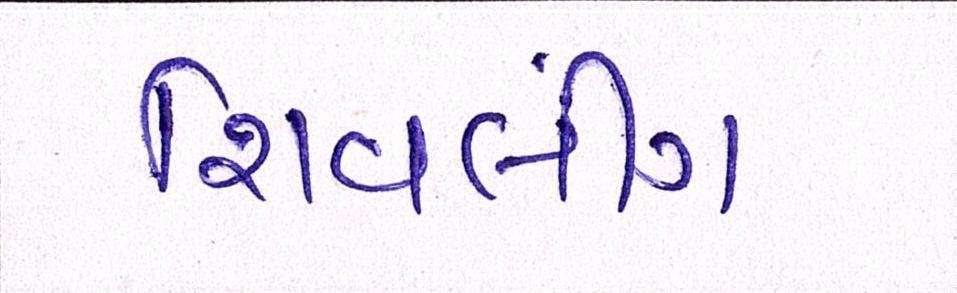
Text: શિવલીંગ